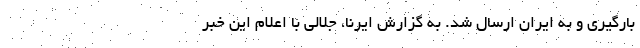
بارگیری و به ایران ارسال شد. به گزارش ایرنا، جلالی با اعلام این خبر